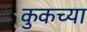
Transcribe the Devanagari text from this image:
कुकच्या